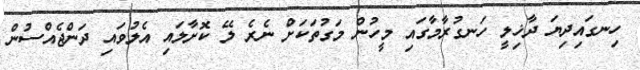
ހިނގައިދިޔަ ދާޚިލީ ހަނގުރާމާގައި މީހުން މަގުތަކަށް ނެރެ ލޭ ކޮށާލައި އެލުވައި ދަންޖެއްސުން